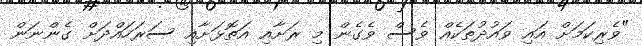
"ވެރިކަމަށް އައި ވައުދުތަކެއް ވެސް ވެގެން މި ރަށާއި އަތޮޅަށާއި ސަރަހައްދަށް ގެންނަން